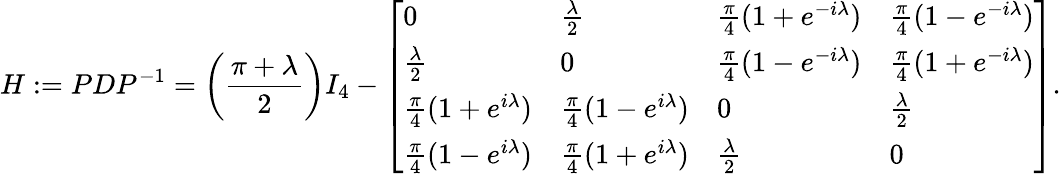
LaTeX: H:=PDP^{-1}=\left(\frac{\pi+\lambda}{2}\right)I_{4}-\left[\begin{array}{llll}{0}&{\frac{\lambda}{2}}&{\frac{\pi}{4}(1+e^{-i\lambda})}&{\frac{\pi}{4}(1-e^{-i\lambda})}\\ {\frac{\lambda}{2}}&{0}&{\frac{\pi}{4}(1-e^{-i\lambda})}&{\frac{\pi}{4}(1+e^{-i\lambda})}\\ {\frac{\pi}{4}(1+e^{i\lambda})}&{\frac{\pi}{4}(1-e^{i\lambda})}&{0}&{\frac{\lambda}{2}}\\ {\frac{\pi}{4}(1-e^{i\lambda})}&{\frac{\pi}{4}(1+e^{i\lambda})}&{\frac{\lambda}{2}}&{0}\end{array}\right].